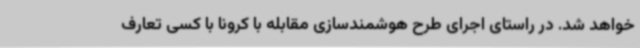
خواهد شد. در راستای اجرای طرح هوشمندسازی مقابله با کرونا با کسی تعارف